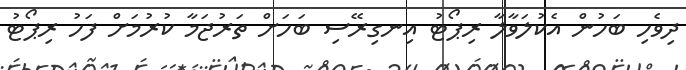
ދިވެހި ބަހުން އެކުލަވާލާ ރިޕޯޓު އިނގިރޭސި ބަހަށް ތަރުޖަމާ ކުރުމަށް ފަހު ރިޕޯޓު